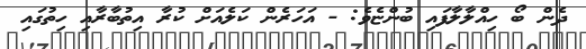
ދެން ބޯ ހިއްލާލާފައި ބުންޏެވެ: - އަހަރެން ކަލެއަށް ކުރާ އިތުބާރާއި ހިތުގައި